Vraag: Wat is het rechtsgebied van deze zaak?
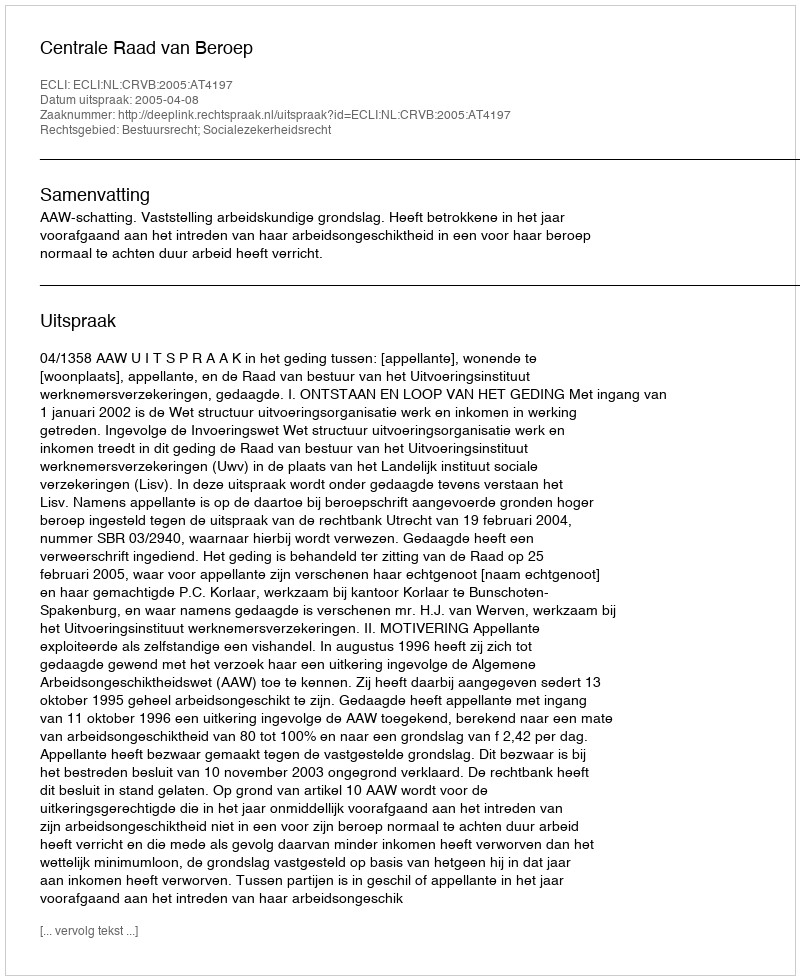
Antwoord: Bestuursrecht; Socialezekerheidsrecht